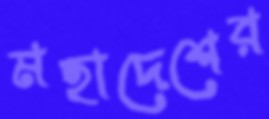
মহাদেশের